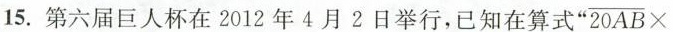
15.第六届巨人杯在2012年4月2日举行，已知在算式” $$\overline { 2 0 A B } \times